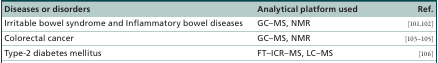
| Diseases or disorders | Analytical platform used | Ref. |
 | --- | --- | --- |
 | Irritable bowel syndrome and Inflammatory bowel diseases | GC–MS, NMR | [101,102] |
 | Colorectal cancer | GC–MS, NMR | [103–105] |
 | Type-2 diabetes mellitus | FT–ICR–MS, LC–MS | [106] |